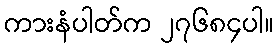
ကားနံပါတ်က ၂၇၆၈၄ပါ။